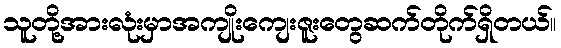
သူတို့အားလုံးမှာအကျိုးကျေးဇူးတွေဆက်တိုက်ရှိတယ်။